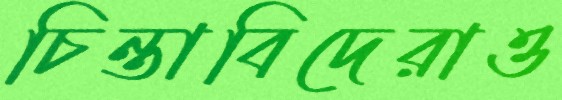
চিন্তাবিদেরাও